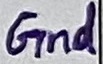
Text: Gnd